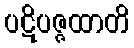
ပဋိပဇ္ဇထာတိ